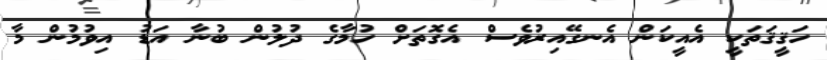
ހަޤީޤަތަކީ އެއީކަން އެނގޭއިރުވެސް އެގޮތަށް ހުމާގެ ދުލުން ބުނާ އަޑު އިވުމުން މާ